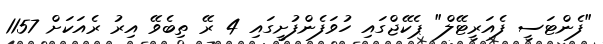
"ފެންޓަސީ ފެއަރީޓޭލް" ޕެކޭޖްގައި ހުވަފެންފުށީގައި 4 ރޭ ތިބެވޭ އިރު ރެއަކަށް 1157